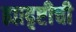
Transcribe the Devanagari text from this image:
ह्यादृष्टीची